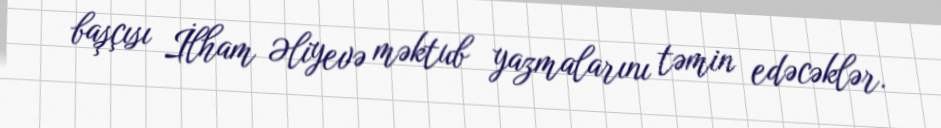
başçısı İlham Əliyevə məktub yazmalarını təmin edəcəklər.